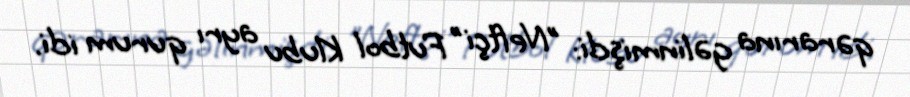
qərarına gəlinmişdi: "Neftçi" Futbol Klubu ayrı qurum idi.